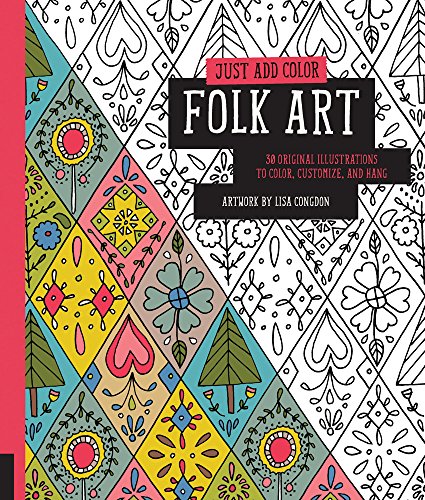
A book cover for Just Add Color: Folk Art: 30 Original Illustrations To Color, Customize, and Hang; Lisa Congdon; Arts & Photography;